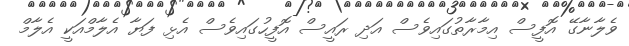
ވެލާނާގޭ އޮފީސް އިމާރާތުގައިވެސް އަދި ރައީސް އޮފީހުގައިވެސް އެޅި ފަޔާ އެލާމްއަކީ އެލާމް